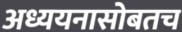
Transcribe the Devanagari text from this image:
अध्ययनासोबतच